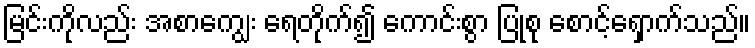
မြင်းကိုလည်း အစာကျွေး ရေတိုက်၍ ကောင်းစွာ ပြုစု စောင့်ရှောက်သည်။